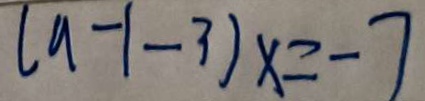
( a - 1 - 3 ) x = - 7